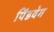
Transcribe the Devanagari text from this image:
पिंडवेग